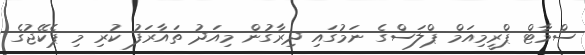
ސްމާޓް ޕްރީމިއަމް ޕްލަސްގެ ނަމުގައި ދިރާގުން މިއަދު ތައާރަފު ކުރި މި ޕެކޭޖުގެ